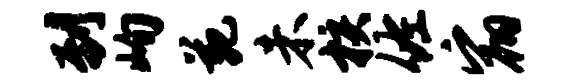
到峋苑未核佐宿